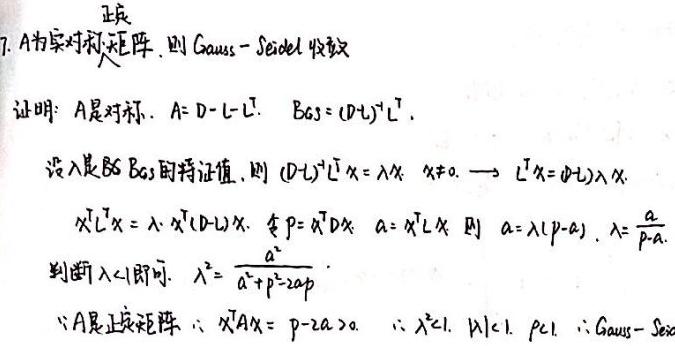
7. $A$为实对称矩阵，则Gauss - Seidel收敛
证明：$A$是对称，$A = D - L - L^T$，$B_{GS}=(D + L)^{-1}L^T$。
设$\lambda$是$B_{GS}$的特征值，则$(D + L)^{-1}L^T x=\lambda x$，$x\neq0$，$\longrightarrow L^T x=(D + L)\lambda x$。
$x^T L^T x=\lambda\cdot x^T(D + L)x$，令$p = x^T D x$，$a = x^T L x$，则$a=\lambda(p - a)$，$\lambda=\frac{a}{p - a}$。
判断$|\lambda|<1$即可，$\lambda^2=\frac{a^2}{a^2 + p^2-2ap}$。
$\because A$是正定矩阵，$\therefore x^T A x=p - 2a>0$，$\therefore \lambda^2<1$，$|\lambda|<1$。证毕$\therefore$Gauss - Seidel